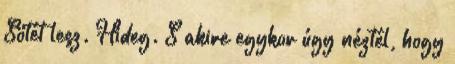
Sötét lesz. Hideg. S akire egykor úgy néztél, hogy